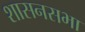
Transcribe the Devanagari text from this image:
शासनसभा